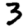
Digit: 3